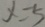
x = 5